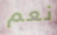
نعم